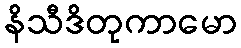
နိသီဒိတုကာမော